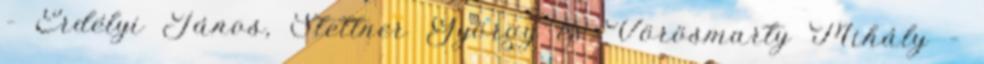
– Erdélyi János, Stettner György és Vörösmarty Mihály –